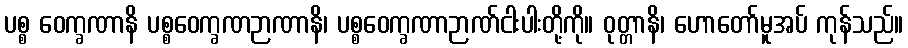
ပစ္စ ဝေက္ခဏာနိ ပစ္စဝေက္ခဏဉာဏာနိ၊ ပစ္စဝေက္ခဏာဉာဏ်ငါးပါးတို့ကို။ ဝုတ္တာနိ၊ ဟောတော်မူအပ် ကုန်သည်။